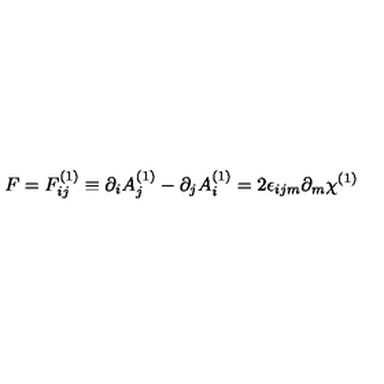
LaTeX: F = F _ { i j } ^ { ( 1 ) } \equiv \partial _ { i } A _ { j } ^ { ( 1 ) } - \partial _ { j } A _ { i } ^ { ( 1 ) } = 2 \epsilon _ { i j m } \partial _ { m } \chi ^ { ( 1 ) }